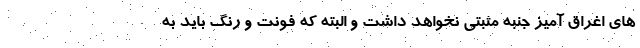
های اغراق آمیز جنبه مثبتی نخواهد داشت و البته که فونت و رنگ باید به